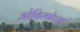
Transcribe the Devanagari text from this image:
ओबिस्पोच्या